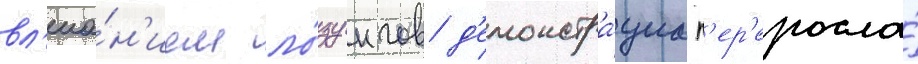
вл'иа́н'ием ло́зунгов д'емонстра́циа п'ер'еросла́